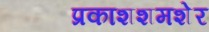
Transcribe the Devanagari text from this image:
प्रकाशशमशेर